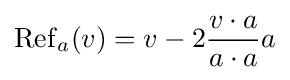
\operatorname {Ref} _{a}(v)=v-2{\frac {v\cdot a}{a\cdot a}}a